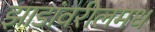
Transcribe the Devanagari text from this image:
झाडांवरीलमध